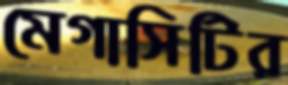
মেগাসিটির